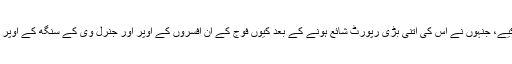
مزے کی چیز یہ ہے کہ اس اخبار نے ہندوستان کی سیاسی مشینری کے ان لوگوں کے نام نہیں شائع کیے، جنہوں نے اس کی اتنی بڑی رپورٹ شائع ہونے کے بعد کیوں فوج کے اُن افسروں کے اوپر اور جنرل وی کے سنگھ کے اوپر کارروائی نہیں کی، جنہوں نے اخبار کے مطابق دہلی کے اقتدار پر قبضہ کرنے کی کوشش کی تھی؟